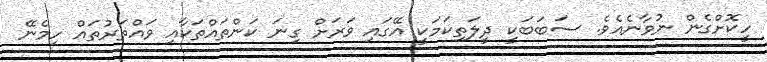
ހީކޮށްގެން ނުވާނެއެވެ. ސަބަބަކީ ދީލަތިކަމަކީ އޭގައި ވަރަށް ގިނަ ކަންތައްތަކާއި ވައްތަރުތައް ހިމެނޭ